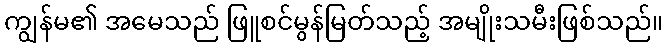
ကျွန်မ၏ အမေသည် ဖြူစင်မွန်မြတ်သည့် အမျိုးသမီးဖြစ်သည်။